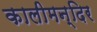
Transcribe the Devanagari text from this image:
कालीमन्दिर